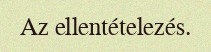
Az ellentételezés.